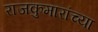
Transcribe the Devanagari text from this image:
राजकुमारांच्या